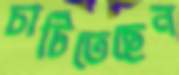
চাটিতেছেন